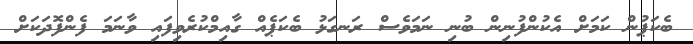
ބެކަޕުން ކަމަށް އެކުންފުނިން ބުނި ނަމަވެސް ރަނގަޅު ބެކަޕެއް ގާއިމްކުރެވިފައި ވާނަމަ ފެންފޮދަކަށް